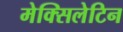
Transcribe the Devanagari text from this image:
मेक्सिलेटिन